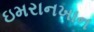
ઇમરાનખાન